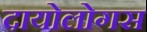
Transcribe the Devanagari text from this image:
दायोलोगस